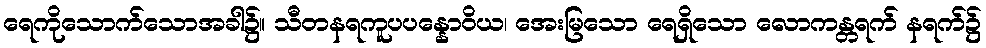
ရေကိုသောက်သောအခါ၌။ သီတနရကူပပန္နောဝိယ၊ အေးမြသော ရေရှိသော လောကန္တရက် နရက်၌